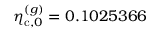
\eta _ { \mathrm { c } , 0 } ^ { ( g ) } = 0 . 1 0 2 5 3 6 6